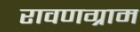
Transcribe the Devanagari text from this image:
रावणग्राम